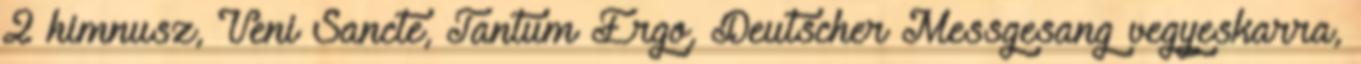
2 himnusz, Veni Sancte, Tantum Ergo, Deutscher Messgesang vegyeskarra,